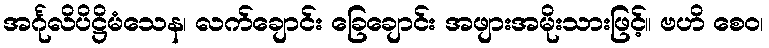
အင်္ဂုလိပိဋ္ဌိမံသေန၊ လက်ချောင်း ခြေချောင်း အဖျားအမိုးသားဖြင့်။ ဗဟိ စေဝ၊